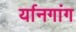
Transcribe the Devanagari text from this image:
र्यानगांग